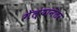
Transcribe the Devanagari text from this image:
गेल्‍यानंतर